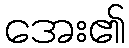
အေး၏